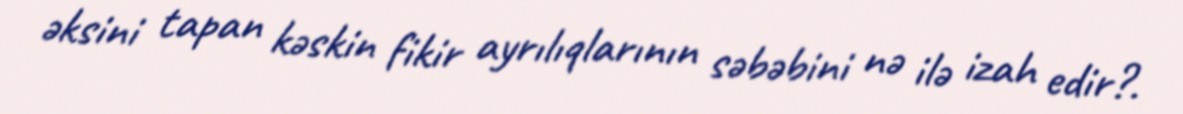
əksini tapan kəskin fikir ayrılıqlarının səbəbini nə ilə izah edir?.